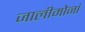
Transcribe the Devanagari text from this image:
जालीमोनां